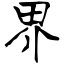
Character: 界